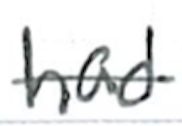
Text: had
Cross-out: single-line
Writing tool: ballpoint